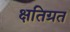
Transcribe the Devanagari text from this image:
क्षतिग्रत